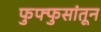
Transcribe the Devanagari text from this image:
फुफ्फुसांतून